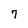
Character: 7